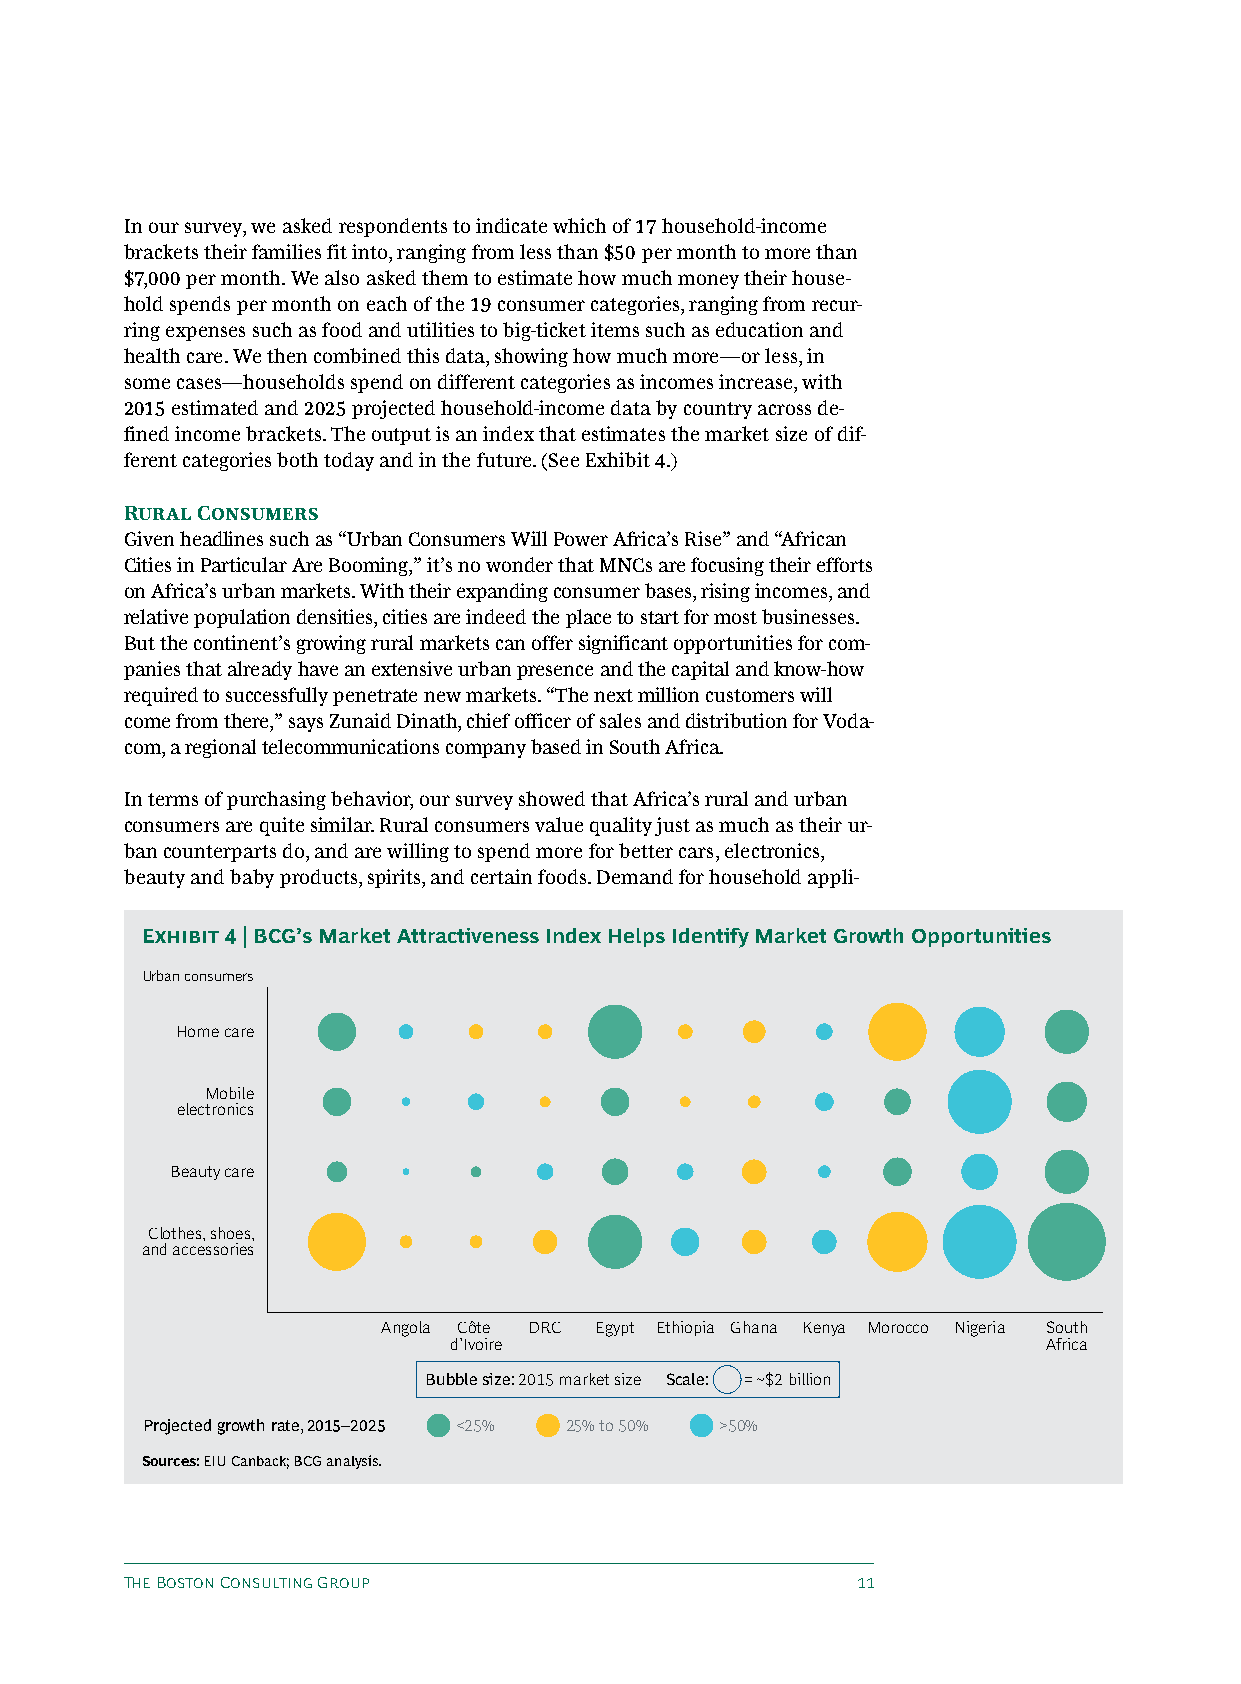
In our survey, we asked respondents to indicate which of 17 household-income
 brackets their families fit into, ranging from less than $50 per month to more than
 $7,000 per month. We also asked them to estimate how much money their house-
 hold spends per month on each of the 19 consumer categories, ranging from recur-
 ring expenses such as food and utilities to big-ticket items such as education and
 health care. We then combined this data, showing how much more—or less, in
 some cases—households spend on different categories as incomes increase, with
 2015 estimated and 2025 projected household-income data by country across de-
 fined income brackets. The output is an index that estimates the market size of dif-
 ferent categories both today and in the future. (See Exhibit 4.)
 Rural Consumers
 Given headlines such as “Urban Consumers Will Power Africa’s Rise” and “African
 Cities in Particular Are Booming,” it’s no wonder that MNCs are focusing their efforts
 on Africa’s urban markets. With their expanding consumer bases, rising incomes, and
 relative population densities, cities are indeed the place to start for most businesses.
 But the continent’s growing rural markets can offer significant opportunities for com-
 panies that already have an extensive urban presence and the capital and know-how
 required to successfully penetrate new markets. “The next million customers will
 come from there,” says Zunaid Dinath, chief officer of sales and distribution for Voda-
 com, a regional telecommunications company based in South Africa.
 In terms of purchasing behavior, our survey showed that Africa’s rural and urban
 consumers are quite similar. Rural consumers value quality just as much as their ur-
 ban counterparts do, and are willing to spend more for better cars, electronics,
 beauty and baby products, spirits, and certain foods. Demand for household appli-
 Exhibit 4 | BCG’s Market Attractiveness Index Helps Identify Market Growth Opportunities
 Urban consumers
 Home care
 Mobile
 electronics
 Beauty care
 Clothes, shoes,
 and accessories
 Angola Côte DRC Egypt Ethiopia Ghana Kenya Morocco Nigeria South
 d’Ivoire                               Africa
 Bubble size: 2015 market size Scale: = ~$2 billion
 Projected growth rate, 2015–2025 <25% 25% to 50% >50%
 Sources: EIU Canback; BCG analysis.
 The Boston Consulting Group                      11